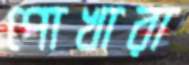
পোখারা